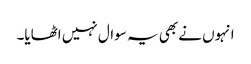
انہوں نے بھی یہ سوال نہیں اٹھایا۔